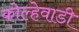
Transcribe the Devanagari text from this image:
कोल्हेवाडी